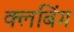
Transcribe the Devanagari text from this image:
क्लबिंग